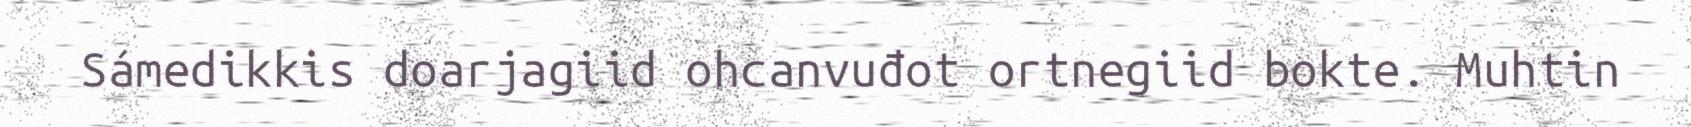
Sámedikkis doarjagiid ohcanvuđot ortnegiid bokte. Muhtin